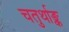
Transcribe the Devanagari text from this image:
चतुर्थाङ्क